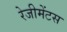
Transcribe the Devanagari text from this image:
रेजीमेंटस